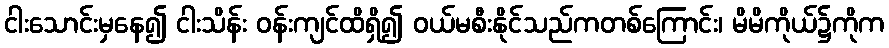
ငါးသောင်းမှနေ၍ ငါးသိန်း ဝန်းကျင်ထိရှိ၍ ဝယ်မစီးနိုင်သည်ကတစ်ကြောင်း၊ မိမိကိုယ်၌ကိုက